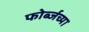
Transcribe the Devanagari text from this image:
फोर्ब्जच्या